Scientific memoirs by medical officers of the Army of India - Part X,
Year: 1897
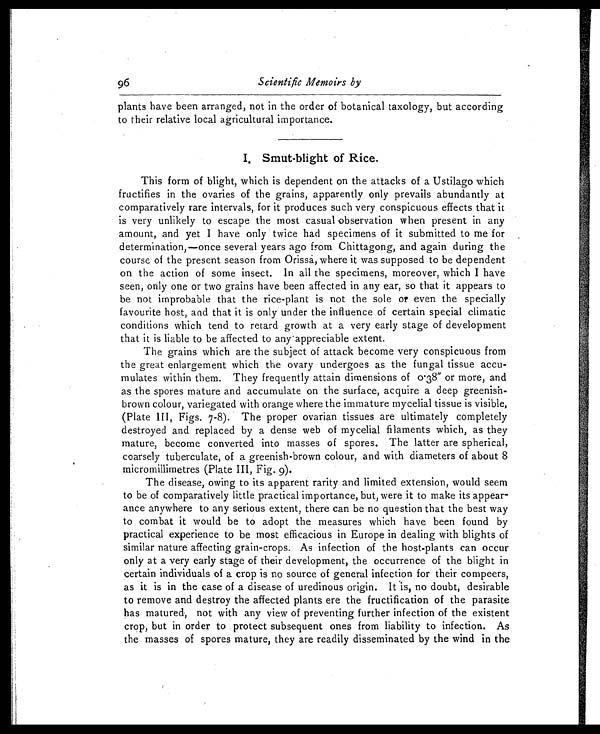
96
Scientific Memoirs by
plants have been arranged, not in the order of botanical taxology, but according
to their relative local agricultural importance.
1. Smut-blight of Rice.
This form of blight, which is dependent on the attacks of a Ustilago which
fructifies in the ovaries of the grains, apparently only prevails abundantly at
comparatively rare intervals, for it produces such very conspicuous effects that it
is very unlikely to escape the most casual observation when present in any
amount, and yet I have only twice had specimens of it submitted to me for
determination,—once several years ago from Chittagong, and again during the
course of the present season from Orissa, where it was supposed to be dependent
on the action of some insect. In all the specimens, moreover, which I have
seen, only one or two grains have been affected in any ear, so that it appears to
be not improbable that the rice-plant is not the sole or even the specially
favourite host, and that it is only under the influence of certain special climatic
conditions which tend to retard growth at a very early stage of development
that it is liable to be affected to any appreciable extent.
The grains which are the subject of attack become very conspicuous from
the great enlargement which the ovary undergoes as the fungal tissue accu
-
mulates within them. They frequently attain dimensions of 0.38" or more, and
as the spores mature and accumulate on the surface, acquire a deep greenish-
brown colour, variegated with orange where the immature mycelia tissue is visible,
(Plate III, Figs. 7-8). The proper ovarian tissues are ultimately completely
destroyed and replaced by a dense web of mycelial filaments which, as they
mature, become converted into masses of spores. The latter are spherical,
coarsely tuberculate, of a greenish-brown colour, and with diameters of about 8
micromillimetres (Plate III, Fig. 9).
The disease, owing to its apparent rarity and limited extension, would seem
to be of comparatively little practical importance, but, were it to make its appear
-
ance anywhere to any serious extent, there can be no question that the best way
to combat it would be to adopt the measures which have been found by
practical experience to be most efficacious in Europe in dealing with blights of
similar nature affecting grain-crops. As infection of the host-plants can occur
only at a very early stage of their development, the occurrence of the blight in
certain individuals of a crop is no source of general infection for their compeers,
as it is in the case of a disease of uredinous origin. It is, no doubt, desirable
to remove and destroy the affected plants ere the fructification of the parasite
has matured, not with any view of preventing further infection of the existent
crop, but in order to protect subsequent ones from liability to infection. As
the masses of spores mature, they are readily disseminated by the wind in the